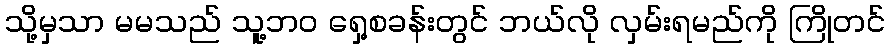
သို့မှသာ မမသည် သူ့ဘဝ ရှေ့စခန်းတွင် ဘယ်လို လှမ်းရမည်ကို ကြိုတင်